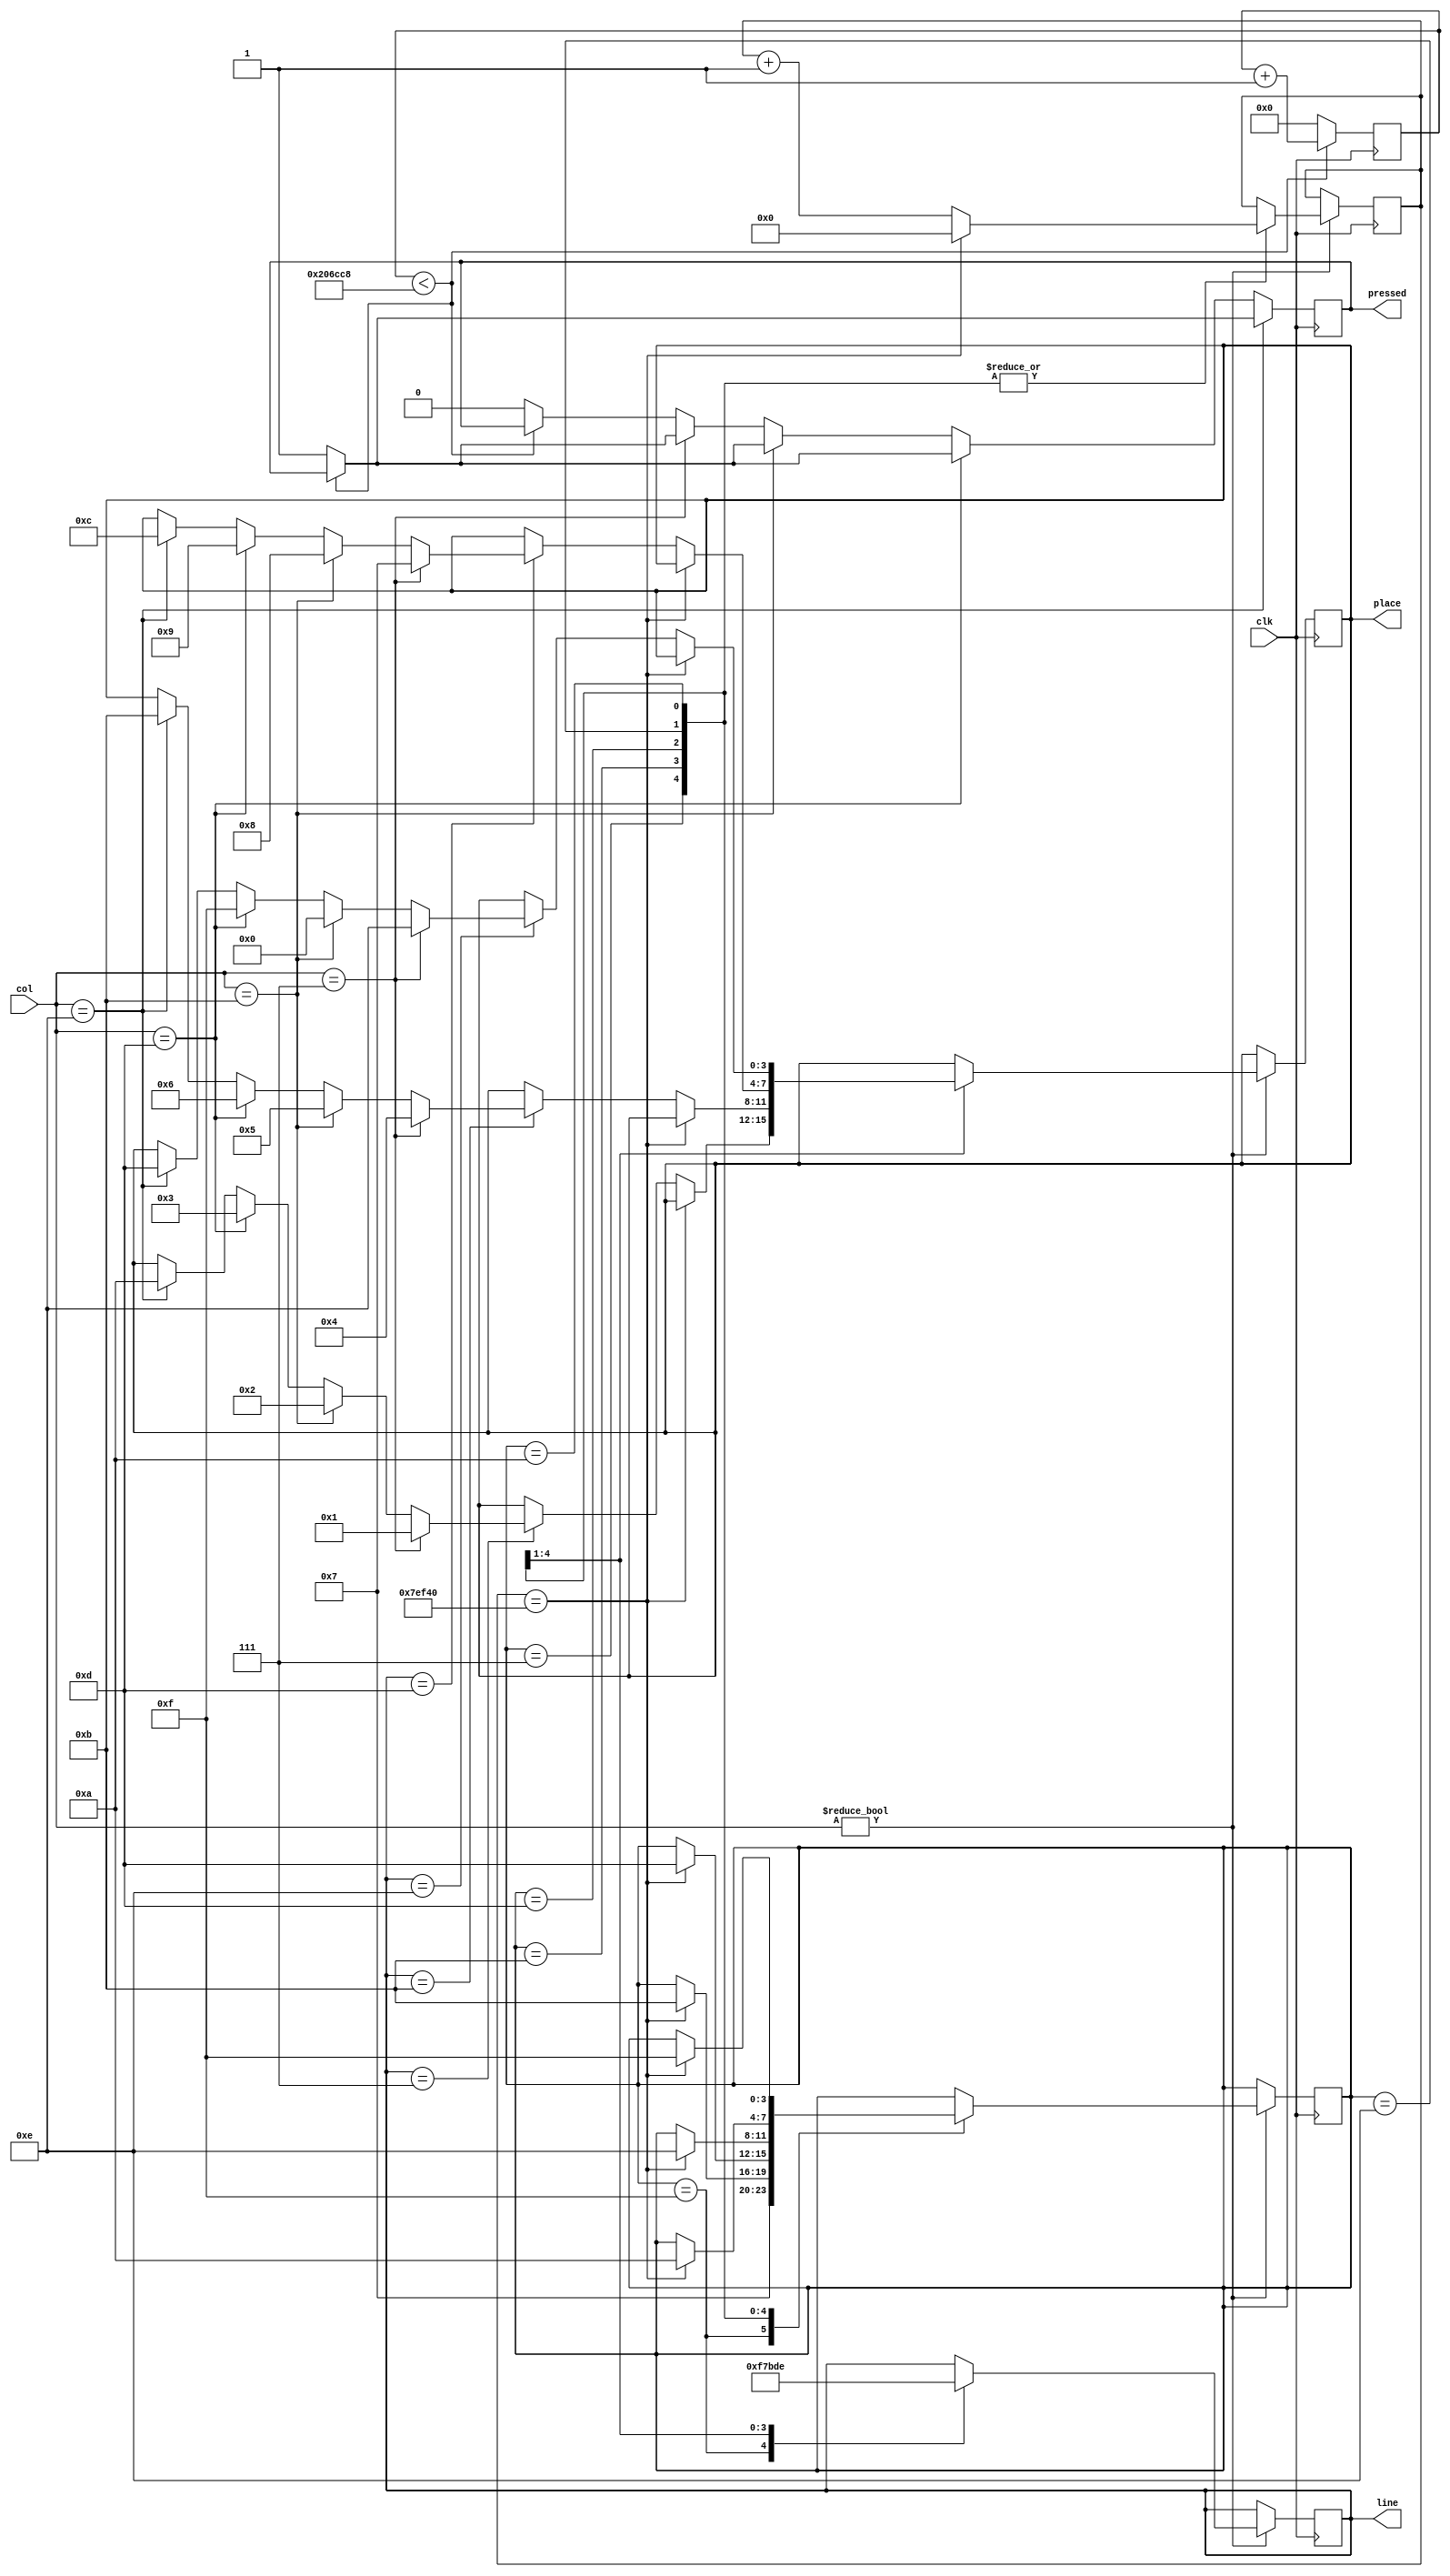
module scanner(
input clk,
input [3:0] col,
output reg [3:0] line,
output reg pressed,
output wire [3:0] place
);

initial pressed = 0;
initial line <= 4'b1111;

reg [3:0] tecla = 0;
initial tecla = 0;
assign place = tecla;

reg[3:0] linha = 0;
reg[3:0] coluna = 0;

reg [18:0] clk_counter = 0;
parameter milisec = 520000;
parameter miliDebounce = 2125000;

reg[3:0] lineState = 4'b1111;

parameter L0 = 4'b1111;
parameter L1 = 4'b0111;
parameter L2 = 4'b1011;
parameter L3 = 4'b1101;
parameter L4 = 4'b1110;
parameter L5 = 4'd10;


reg[1:0] colState = 0;

always@(posedge clk)begin
	
	if(col != 4'b0000) begin
			case(lineState)
				L0 : begin
						line <= L0;
						lineState <= L1;
					end
				L1 : begin	
						clk_counter <= 0;
						line <= L1; 
						
						if(clk_counter == milisec)
							lineState <= L2;
						else begin
						
						if(line == L1) begin
							if(col == L1) begin		
								linha <= 4'd1;
								coluna <= 4'd1;
								tecla <= 4'd1;									
							end
							else if(col == L2) begin
								linha <= 4'd1;
								coluna <= 4'd2;
								tecla <= 4'd2; 									
							end
							else if(col == L3) begin								
								linha <= 4'd1;
								coluna <= 4'd3;
								tecla <= 4'd3;						
							end
							else if(col == L4) begin								
								linha <= 4'd1;
								coluna <= 4'd4;
								tecla <= 4'd10;
							end
						end
						
							clk_counter <= clk_counter + 1;
						end
						
					end
				L2: begin
						clk_counter <= 0;
						line <= L2;
						
						if(clk_counter == milisec) begin
							lineState <= L3;
							end
						else begin
						
							if(line == L2) begin
							
								if(col == L1) begin
									linha <= 4'd2;
									coluna <= 4'd1;
									tecla <= 4'd4; end
								else if(col == L2) begin
									linha <= 4'd2;
									coluna <= 4'd2;
									tecla <= 4'd5; end
								else if(col == L3) begin
									linha <= 4'd2;
									coluna <= 4'd3;
									tecla <= 4'd6; end
								else if(col == L4) begin
									linha <= 4'd2;
									coluna <= 4'd4;
									tecla <= 4'd11; end									
							end
							clk_counter <= clk_counter + 1;
						end						
				end
				L3: begin
						clk_counter <= 0;
						line <= L3;
						
						if(clk_counter == milisec) begin
							lineState <= L4;
							end
						else begin
						
							if(line == L3) begin
							
								if(col == L1) begin
									linha <= 4'd3;
									coluna <= 4'd1;
									tecla <= 4'd7; end
								else if(col == L2) begin
									linha <= 4'd3;
									coluna <= 4'd2;
									tecla <= 4'd8; end
								else if(col == L3) begin
									linha <= 4'd3;
									coluna <= 4'd3;
									tecla <= 4'd9; end
								else if(col == L4) begin
									linha <= 4'd3;
									coluna <= 4'd4;
									tecla <= 4'd12; end									
							end
							clk_counter <= clk_counter + 1;
						end						
				end
				L4: begin
						clk_counter <= 0;
						line <= L4;
						
						if(clk_counter == milisec) begin
							lineState <= L5;
							end
						else begin
						
							if(line == L4) begin
							
								if(col == L1) begin
									linha <= 4'd4;
									coluna <= 4'd1;
									tecla <= 4'd14; end
								else if(col == L2) begin
									linha <= 4'd4;
									coluna <= 4'd2;
									tecla <= 4'd0; end
								else if(col == L3) begin
									linha <= 4'd4;
									coluna <= 4'd3;
									tecla <= 4'd15; end
								else if(col == L4) begin
									linha <= 4'd4;
									coluna <= 4'd4;
									tecla <= 4'd13; end									
							end
							clk_counter <= clk_counter + 1;
						end						
				end
				L5: begin
					clk_counter <= 0;
					if(clk_counter == milisec) 
						lineState <= L0;
					else
						clk_counter <= clk_counter + 1;
				end
				
				
			endcase
			
		end
				
end

reg [31:0] debounce = 0;

always@(posedge clk) begin
	if(col == 4'b1110) begin
			debounce <= 0;
			if(debounce < miliDebounce)
				debounce <= debounce + 1;
			else
				pressed <= 1;				
		end
	else if(col == 4'b1101) begin
			debounce <= 0;
			if(debounce < miliDebounce)
				debounce <= debounce + 1;
			else
				pressed <= 1;		
	end
	else if(col == 4'b1011) begin
			debounce <= 0;
			if(debounce < miliDebounce)
				debounce <= debounce + 1;
			else
				pressed <= 1;	
		end	
	else if(col == 4'b0111) begin
			debounce <= 0;
			if(debounce < miliDebounce)
				debounce <= debounce + 1;
			else
				pressed <= 1;		
		
	end
	else if(col == 4'b1110) begin
			debounce <= 0;
			if(debounce < miliDebounce)
				debounce <= debounce + 1;
			else
				pressed <= 1;		
	end
	else begin
		debounce <= 0;
			if(debounce < miliDebounce)
				debounce <= debounce + 1;
			else
				pressed <= 0;
	end
end
endmodule